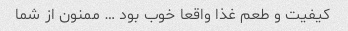
کیفیت و طعم غذا واقعا خوب بود … ممنون از شما